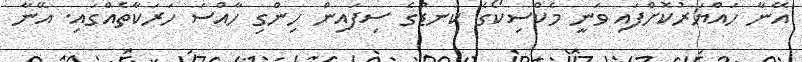
އޭނާ ހައްޔަރުކޮށްފައި ވަނީ މެކްސިކޯގެ ކަނޑުގެ ސިފައިން ހިންގި ހާއްސަ ހަރަކާތެއްގައި. އޭނާ